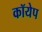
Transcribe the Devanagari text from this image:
कॉयेप